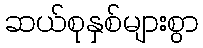
ဆယ်စုနှစ်များစွာ